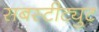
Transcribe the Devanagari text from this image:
सबस्टीट्युट